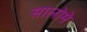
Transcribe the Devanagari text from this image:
सालोमे